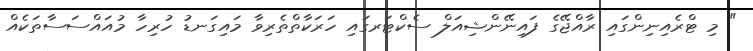
" މި ޓްރެއިނިންގައި ރާއްޖޭގެ ފައިނޭންޝިއަލް ސެކްޓަރގައި ހަރަކާތްތެރިވާ މައިގަނޑު ހުރިހާ މުއައްސަސާތަކެއް